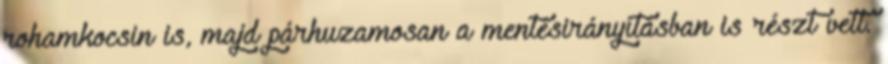
rohamkocsin is, majd párhuzamosan a mentésirányításban is részt vett.